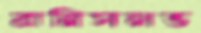
ব্রানিসলভ